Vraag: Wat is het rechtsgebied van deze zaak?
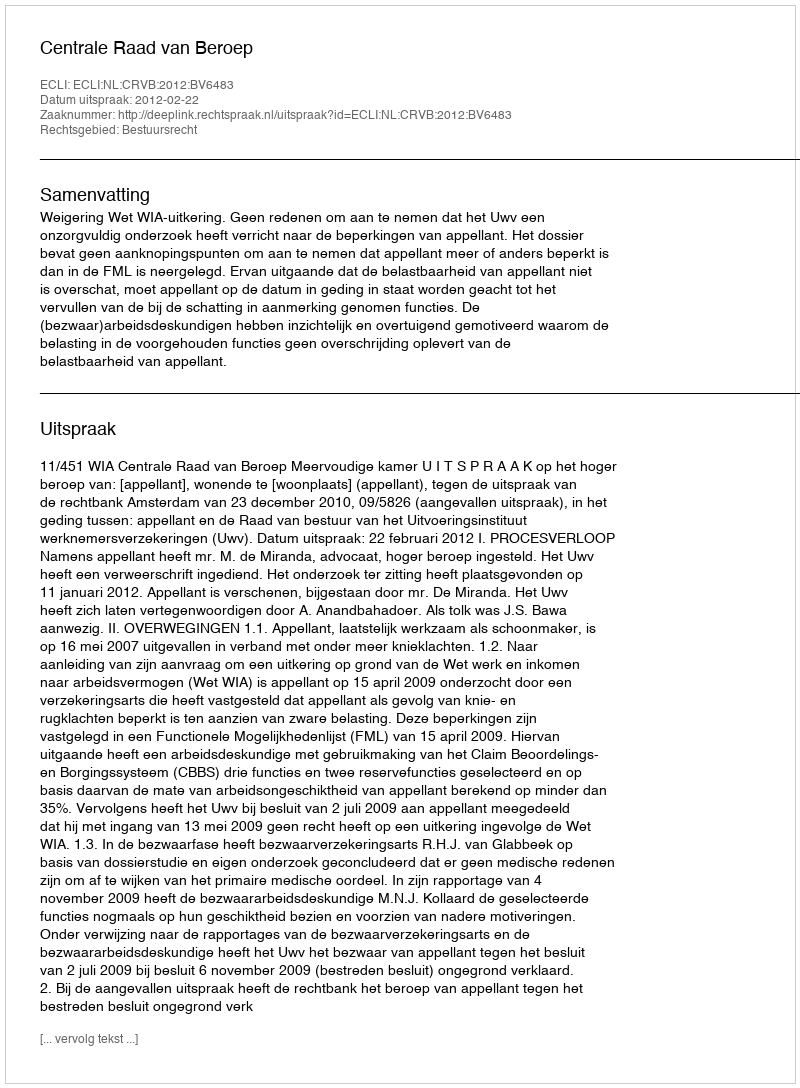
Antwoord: Bestuursrecht